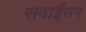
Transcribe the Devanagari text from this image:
सवाईराम